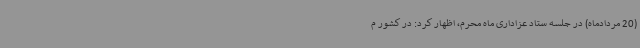
(20 مردادماه) در جلسه ستاد عزاداری ماه محرم، اظهار کرد: در کشور م